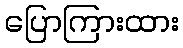
ပြောကြားထား